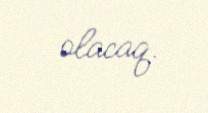
olacaq.